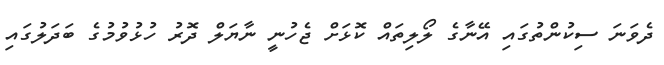
ދެވަނަ ސިކުންތުގައި އޭނާގެ ލޯލިތައް ކޮޅަށް ޖެހުނީ ނާޔަލް ދޮރު ހުޅުވުމުގެ ބަދަލުގައި